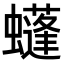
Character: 𧓶